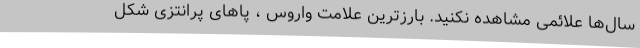
سال‌ها علائمی مشاهده نکنید. بارزترین علامت واروس ، پاهای پرانتزی شکل